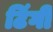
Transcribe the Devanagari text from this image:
टिंगी